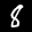
Label: 8